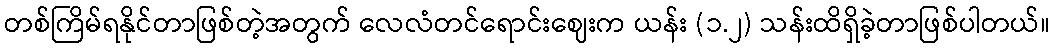
တစ်ကြိမ်ရနိုင်တာဖြစ်တဲ့အတွက် လေလံတင်ရောင်းဈေးက ယန်း (၁.၂) သန်းထိရှိခဲ့တာဖြစ်ပါတယ်။